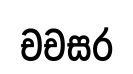
චචසර